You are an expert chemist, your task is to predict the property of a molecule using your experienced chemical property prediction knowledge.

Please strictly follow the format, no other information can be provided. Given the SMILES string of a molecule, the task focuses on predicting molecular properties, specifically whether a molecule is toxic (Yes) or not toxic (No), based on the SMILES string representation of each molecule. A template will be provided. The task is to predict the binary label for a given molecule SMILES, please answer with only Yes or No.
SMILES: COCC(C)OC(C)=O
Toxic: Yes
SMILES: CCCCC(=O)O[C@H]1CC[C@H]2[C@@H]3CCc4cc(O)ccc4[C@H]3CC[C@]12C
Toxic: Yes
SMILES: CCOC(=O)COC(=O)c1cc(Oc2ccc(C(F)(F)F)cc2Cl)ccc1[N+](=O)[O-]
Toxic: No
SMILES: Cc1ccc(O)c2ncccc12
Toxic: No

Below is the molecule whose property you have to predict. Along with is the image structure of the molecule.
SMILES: Cn1ccc2cc3c(cc21)CCN3C(=O)Nc1cccnc1
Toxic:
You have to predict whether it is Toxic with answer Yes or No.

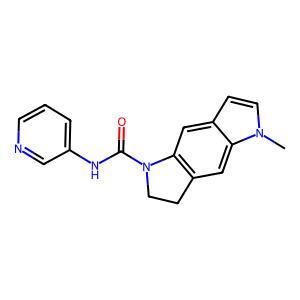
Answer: No